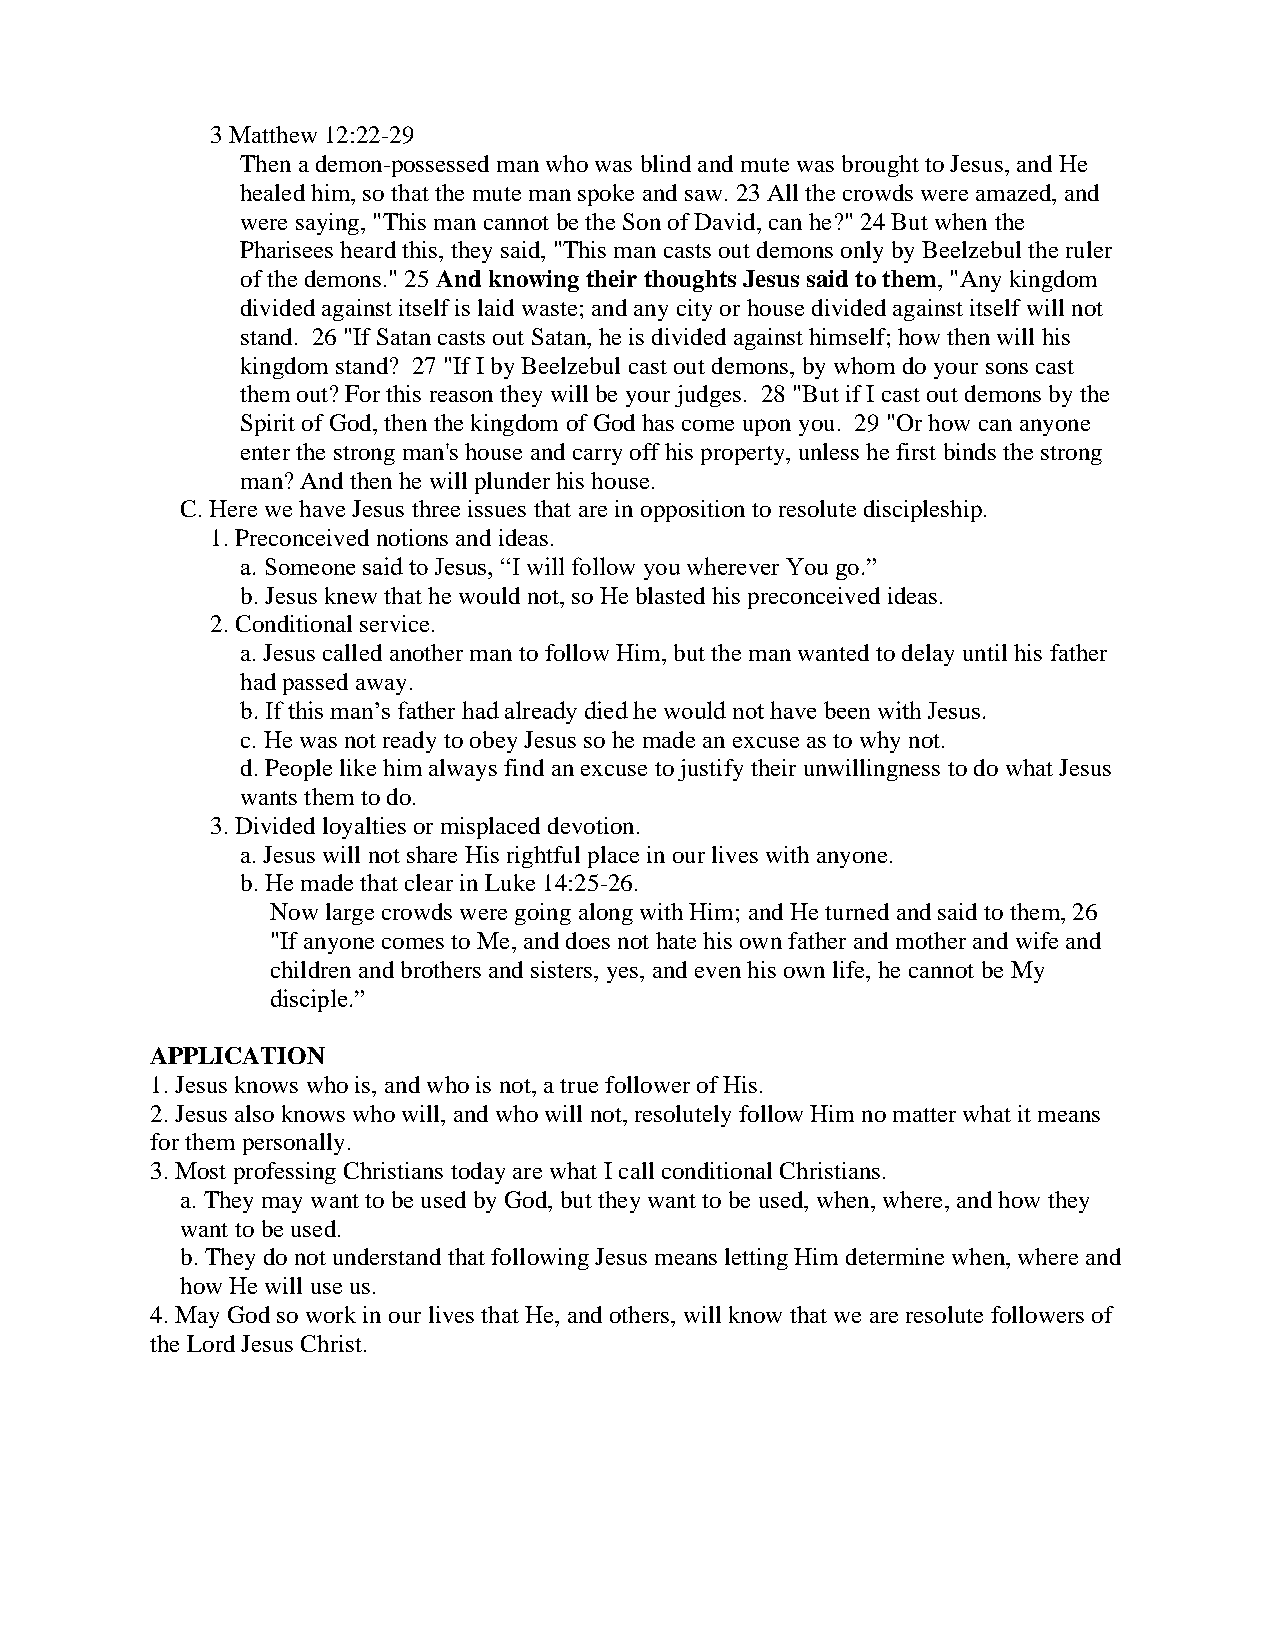
3 Matthew 12:22-29
 Then a demon-possessed man who was blind and mute was brought to Jesus, and He
 healed him, so that the mute man spoke and saw. 23 All the crowds were amazed, and
 were saying, "This man cannot be the Son of David, can he?" 24 But when the
 Pharisees heard this, they said, "This man casts out demons only by Beelzebul the ruler
 of the demons." 25 And knowing their thoughts Jesus said to them, "Any kingdom
 divided against itself is laid waste; and any city or house divided against itself will not
 stand. 26 "If Satan casts out Satan, he is divided against himself; how then will his
 kingdom stand? 27 "If I by Beelzebul cast out demons, by whom do your sons cast
 them out? For this reason they will be your judges. 28 "But if I cast out demons by the
 Spirit of God, then the kingdom of God has come upon you. 29 "Or how can anyone
 enter the strong man's house and carry off his property, unless he first binds the strong
 man? And then he will plunder his house.
 C. Here we have Jesus three issues that are in opposition to resolute discipleship.
 1. Preconceived notions and ideas.
 a. Someone said to Jesus, “I will follow you wherever You go.”
 b. Jesus knew that he would not, so He blasted his preconceived ideas.
 2. Conditional service.
 a. Jesus called another man to follow Him, but the man wanted to delay until his father
 had passed away.
 b. If this man’s father had already died he would not have been with Jesus.
 c. He was not ready to obey Jesus so he made an excuse as to why not.
 d. People like him always find an excuse to justify their unwillingness to do what Jesus
 wants them to do.
 3. Divided loyalties or misplaced devotion.
 a. Jesus will not share His rightful place in our lives with anyone.
 b. He made that clear in Luke 14:25-26.
 Now large crowds were going along with Him; and He turned and said to them, 26
 "If anyone comes to Me, and does not hate his own father and mother and wife and
 children and brothers and sisters, yes, and even his own life, he cannot be My
 disciple.”
 APPLICATION
 1. Jesus knows who is, and who is not, a true follower of His.
 2. Jesus also knows who will, and who will not, resolutely follow Him no matter what it means
 for them personally.
 3. Most professing Christians today are what I call conditional Christians.
 a. They may want to be used by God, but they want to be used, when, where, and how they
 want to be used.
 b. They do not understand that following Jesus means letting Him determine when, where and
 how He will use us.
 4. May God so work in our lives that He, and others, will know that we are resolute followers of
 the Lord Jesus Christ.